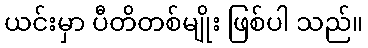
ယင်းမှာ ပီတိတစ်မျိုး ဖြစ်ပါ သည်။